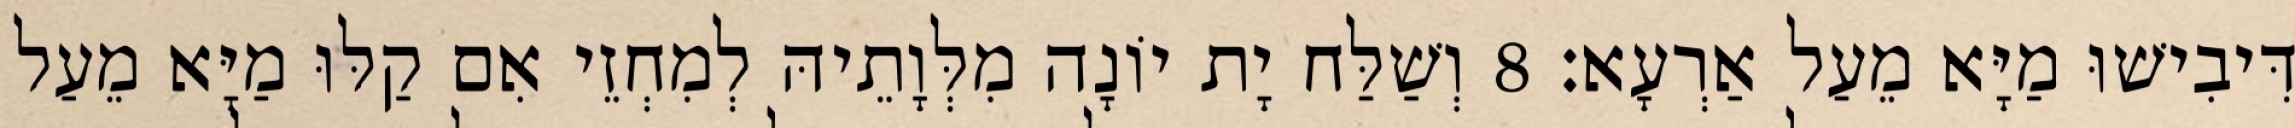
דִּיבִישׁוּ מַיָּא מֵעַל אַרְעָא׃ 8 וְשַׁלַּח יָת יוֹנָה מִלְּוָתֵיהּ לְמִחְזֵי אִם קַלּוּ מַיָּא מֵעַל